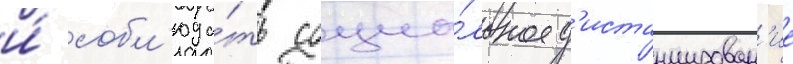
и́ собл'юда́ть социа́льное д'истанцирован'ие